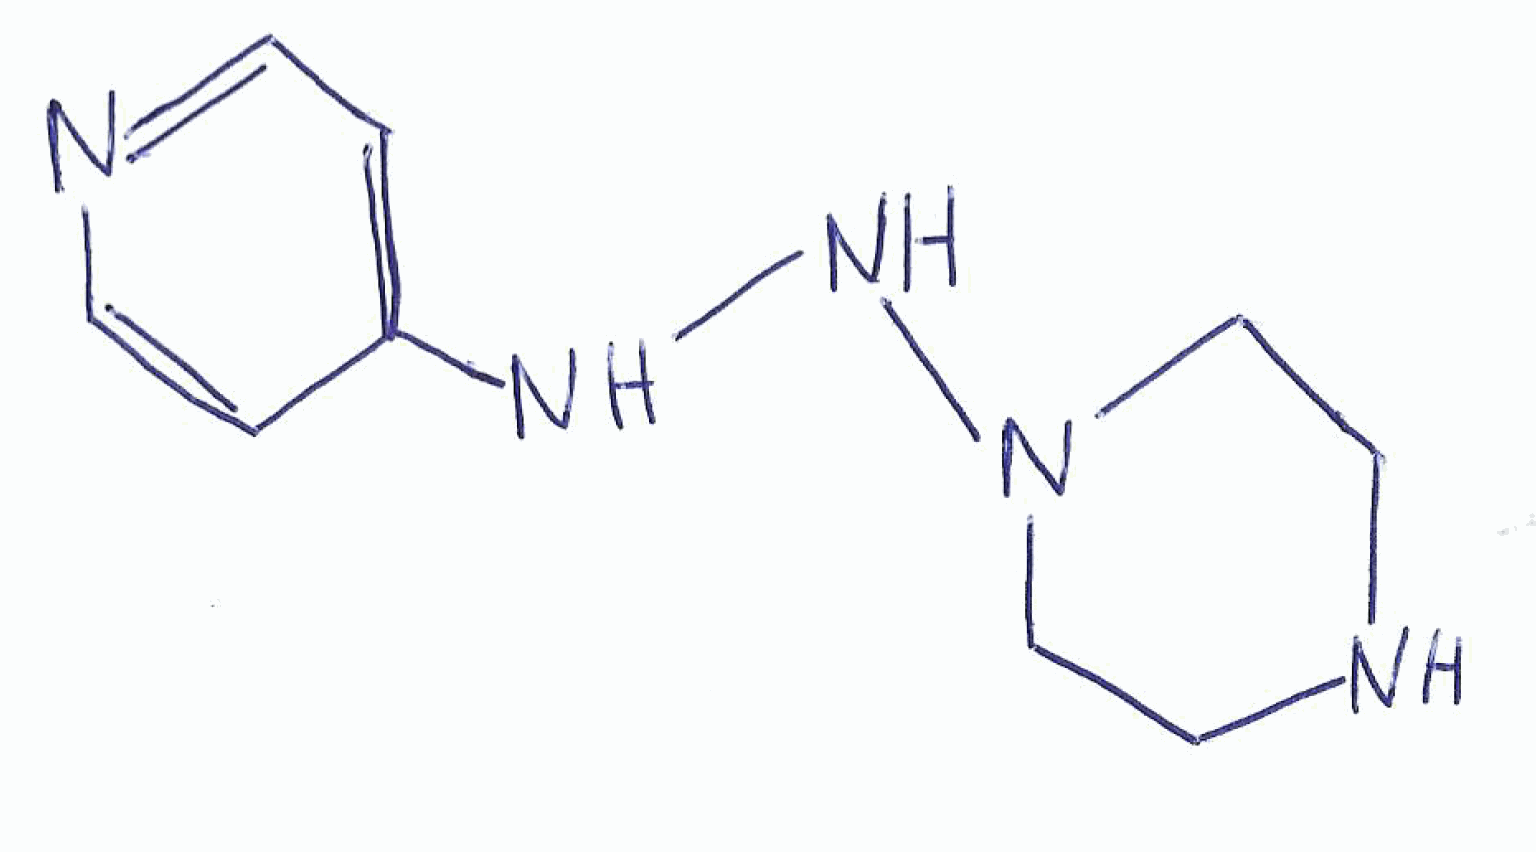
Simplified molecular-input line-entry system (SMILES) notation of the given molecule:
C1CN(CCN1)NNC2=CC=NC=C2